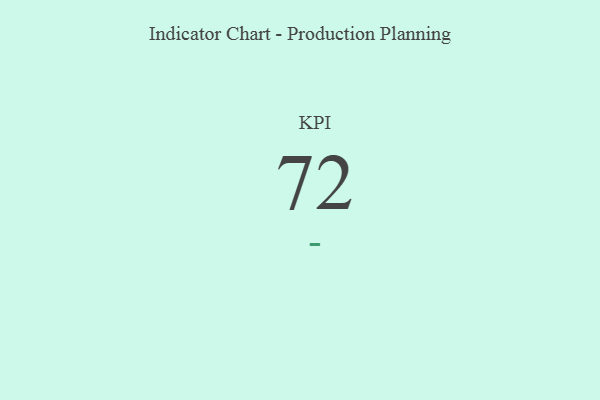
{"axis": {"x": "KPI", "y": "Value"}, "legend": [""], "data": [{"x": "KPI", "y": 72, "type": ""}]}